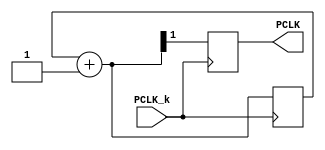

`timescale 1ns / 1ps
//////////////////////////////////////////////////////////////////////////////////
// Company:
// Engineer:
//
// Design Name:
// Module Name:    prescaler1
// Project Name:
// Target Devices:
// Tool versions:
// Description:
//
// Dependencies:
//
// Revision:
// Revision 0.01 - File Created
// Additional Comments:
//
//////////////////////////////////////////////////////////////////////////////////
module prescaler1 (PCLK_k,PCLK);
 
// Inputs

input PCLK_k;
output reg PCLK=0;

reg [1:0] count_k=2'b0;


always @(posedge PCLK_k)
begin
count_k = count_k+2'd1;
PCLK = count_k[1];
end


endmodule